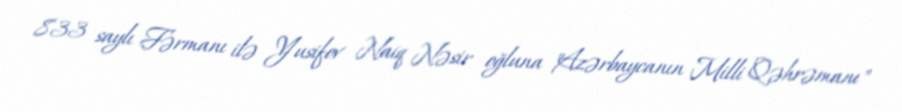
833 saylı Fərmanı ilə Yusifov Naiq Nəsir oğluna "Azərbaycanın Milli Qəhrəmanı"